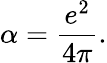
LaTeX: \alpha={\frac{e^{2}}{4\pi}}.